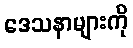
ဒေသနာများကို